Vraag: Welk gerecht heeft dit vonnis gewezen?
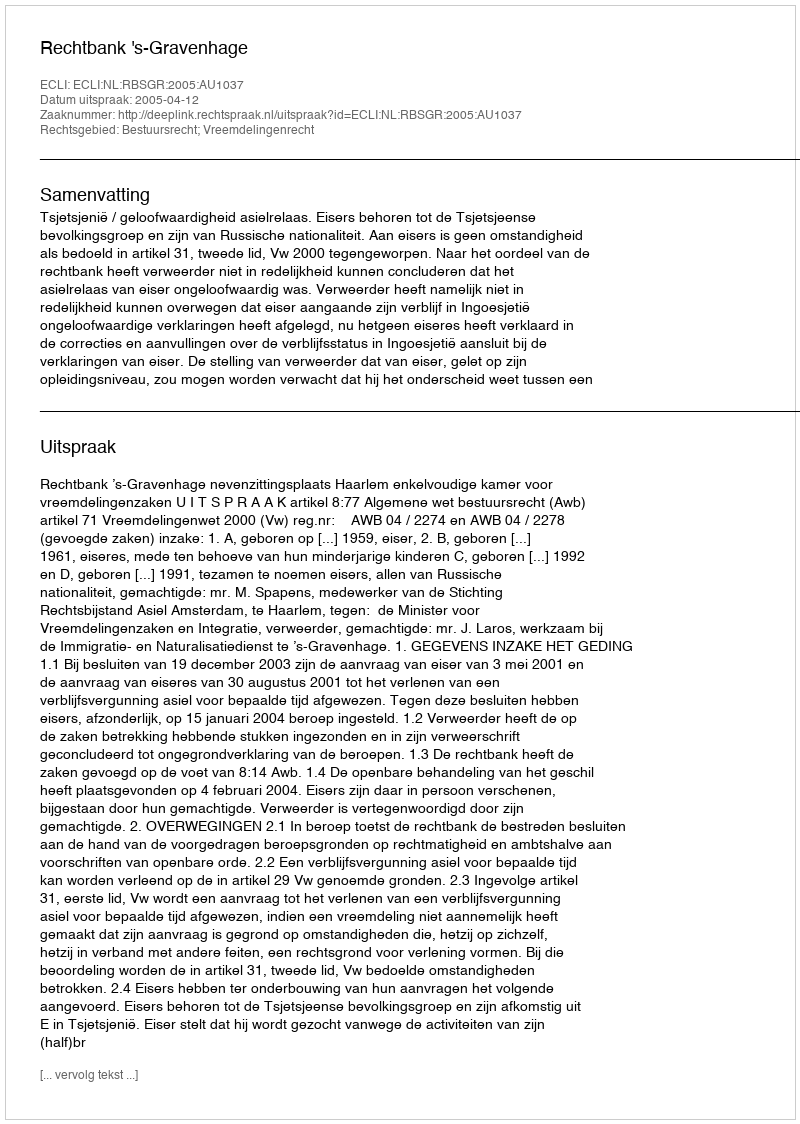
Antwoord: Rechtbank 's-Gravenhage